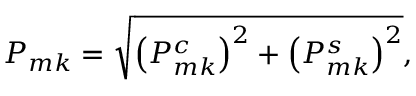
P _ { m k } = \sqrt { \left( P _ { m k } ^ { c } \right) ^ { 2 } + \left( P _ { m k } ^ { s } \right) ^ { 2 } } ,